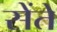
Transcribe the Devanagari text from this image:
सेंते